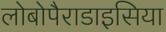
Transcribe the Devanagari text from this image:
लोबोपैराडाइसिया